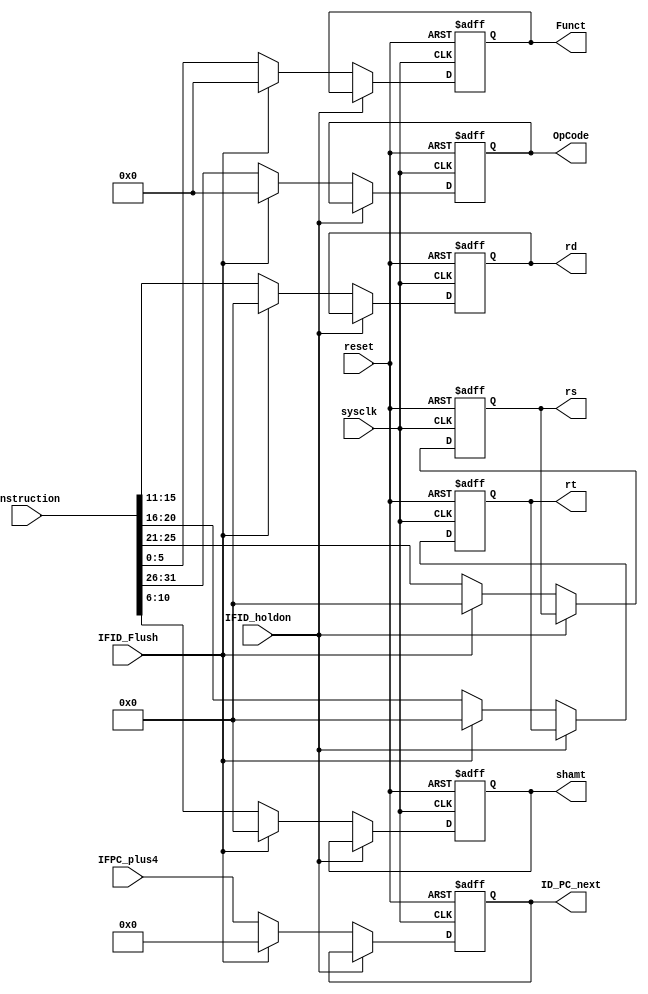
`timescale 1ns / 1ps
module IF_ID(sysclk, reset, IFID_Flush, IFID_holdon, IFPC_plus4, ID_PC_next, Instruction, OpCode, Funct, rs, rt, rd, shamt);
//input signals
input wire sysclk;
input wire reset;
input wire IFID_Flush;
input wire IFID_holdon;
input wire [31:0] IFPC_plus4;
input wire [31:0] Instruction;
//output signals
output reg [5:0] OpCode;
output reg [5:0] Funct;
output reg [4:0] rs;
output reg [4:0] rt;
output reg [4:0] rd;
output reg [4:0] shamt;
output reg [31:0] ID_PC_next;

always @(posedge sysclk or posedge reset)
begin
    if(reset)begin
        OpCode <= 0;
        Funct <= 0;
        rs <= 0;
        rt <= 0;
        rd <= 0;
        shamt <= 0;
        ID_PC_next <= 0;
    end
    else if(IFID_holdon == 0)begin
            if(IFID_Flush)begin
                OpCode <= 0;
                Funct <= 0;
                rs <= 0;
                rt <= 0;
                rd <= 0;
                shamt <= 0;
                ID_PC_next <= 0;
            end
            else begin
                OpCode <= Instruction[31:26];
                Funct <= Instruction[5:0];
                rs <= Instruction[25:21];
                rt <= Instruction[20:16];
                rd <= Instruction[15:11];
                shamt <= Instruction[10:6];
                ID_PC_next <= IFPC_plus4;     
            end       
    end
end
endmodule